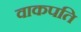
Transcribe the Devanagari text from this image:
वाकपति